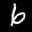
Label: 6